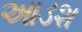
આડશ